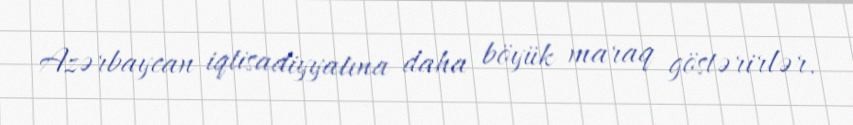
Azərbaycan iqtisadiyyatına daha böyük maraq göstərirlər.